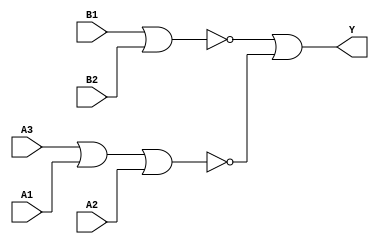
/*
 * Copyright 2020 The SkyWater PDK Authors
 *
 * Licensed under the Apache License, Version 2.0 (the "License");
 * you may not use this file except in compliance with the License.
 * You may obtain a copy of the License at
 *
 *     https://www.apache.org/licenses/LICENSE-2.0
 *
 * Unless required by applicable law or agreed to in writing, software
 * distributed under the License is distributed on an "AS IS" BASIS,
 * WITHOUT WARRANTIES OR CONDITIONS OF ANY KIND, either express or implied.
 * See the License for the specific language governing permissions and
 * limitations under the License.
 *
 * SPDX-License-Identifier: Apache-2.0
*/


`ifndef SKY130_FD_SC_LS__O32AI_BEHAVIORAL_V
`define SKY130_FD_SC_LS__O32AI_BEHAVIORAL_V

/**
 * o32ai: 3-input OR and 2-input OR into 2-input NAND.
 *
 *        Y = !((A1 | A2 | A3) & (B1 | B2))
 *
 * Verilog simulation functional model.
 */

`timescale 1ns / 1ps
`default_nettype none

`celldefine
module sky130_fd_sc_ls__o32ai (
    Y ,
    A1,
    A2,
    A3,
    B1,
    B2
);

    // Module ports
    output Y ;
    input  A1;
    input  A2;
    input  A3;
    input  B1;
    input  B2;

    // Module supplies
    supply1 VPWR;
    supply0 VGND;
    supply1 VPB ;
    supply0 VNB ;

    // Local signals
    wire nor0_out ;
    wire nor1_out ;
    wire or0_out_Y;

    //  Name  Output     Other arguments
    nor nor0 (nor0_out , A3, A1, A2        );
    nor nor1 (nor1_out , B1, B2            );
    or  or0  (or0_out_Y, nor1_out, nor0_out);
    buf buf0 (Y        , or0_out_Y         );

endmodule
`endcelldefine

`default_nettype wire
`endif  // SKY130_FD_SC_LS__O32AI_BEHAVIORAL_V